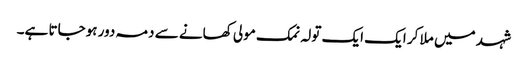
شہد میں ملا کر ایک ایک تولہ نمک مولی کھانے سے دمہ دور ہوجاتا ہے۔